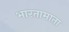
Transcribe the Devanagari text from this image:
भारतामाता